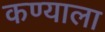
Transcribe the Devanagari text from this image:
कण्याला